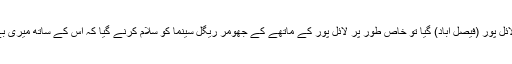
چھ سات سال پہلے میں لائل پور (فیصل آباد) گیا تو خاص طور پر لائل پور کے ماتھے کے جھومر ریگل سینما کو سلام کرنے گیا کہ اس کے ساتھ میری بے شمار یادیں وابستہ ہیں۔